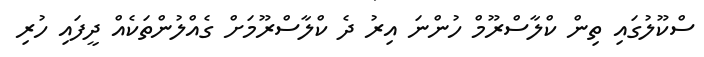
ސްކޫލުގައި ތިން ކްލާސްރޫމް ހުންނަ އިރު ދެ ކްލާސްރޫމަށް ގެއްލުންތަކެއް ދީފައި ހުރި